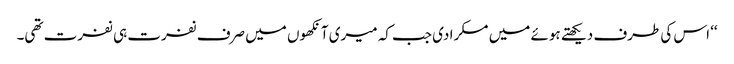
‘‘ اس کی طرف دیکھتے ہوئے میں مسکرا دی جب کہ میری آنکھوں میں صرف نفرت ہی نفرت تھی۔